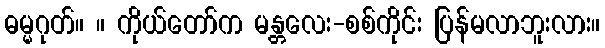
ဓမ္မဂုတ်။ ။ ကိုယ်တော်က မန္တလေး-စစ်ကိုင်း ပြန်မလာဘူးလား။